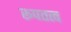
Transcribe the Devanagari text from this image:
रूपतत्व